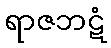
ရာဇဘဋံ